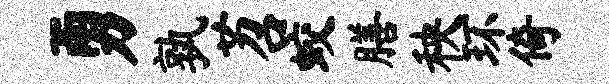
勇孰苕蛟膳秧环倚